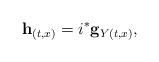
LaTeX: \begin{align*}{}{\bf h}_{(t, x)} = i^* {\bf g}_{Y(t, x)},\end{align*}